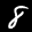
Label: 8